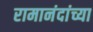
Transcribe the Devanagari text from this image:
रामानंदांच्या